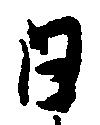
日